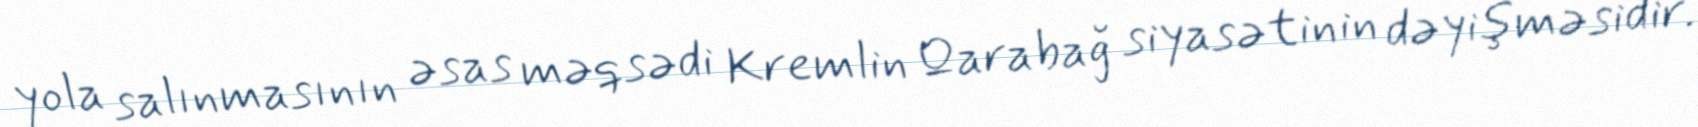
yola salınmasının əsas məqsədi Kremlin Qarabağ siyasətinin dəyişməsidir.